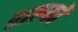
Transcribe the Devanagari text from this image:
शल्‍कों